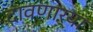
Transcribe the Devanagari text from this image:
दावणाऱ्या